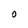
Character: O